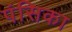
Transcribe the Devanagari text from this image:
पंसिका